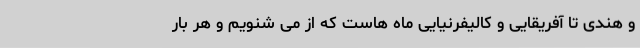
و هندی تا آفریقایی و کالیفرنیایی ماه هاست که از می شنویم و هر بار